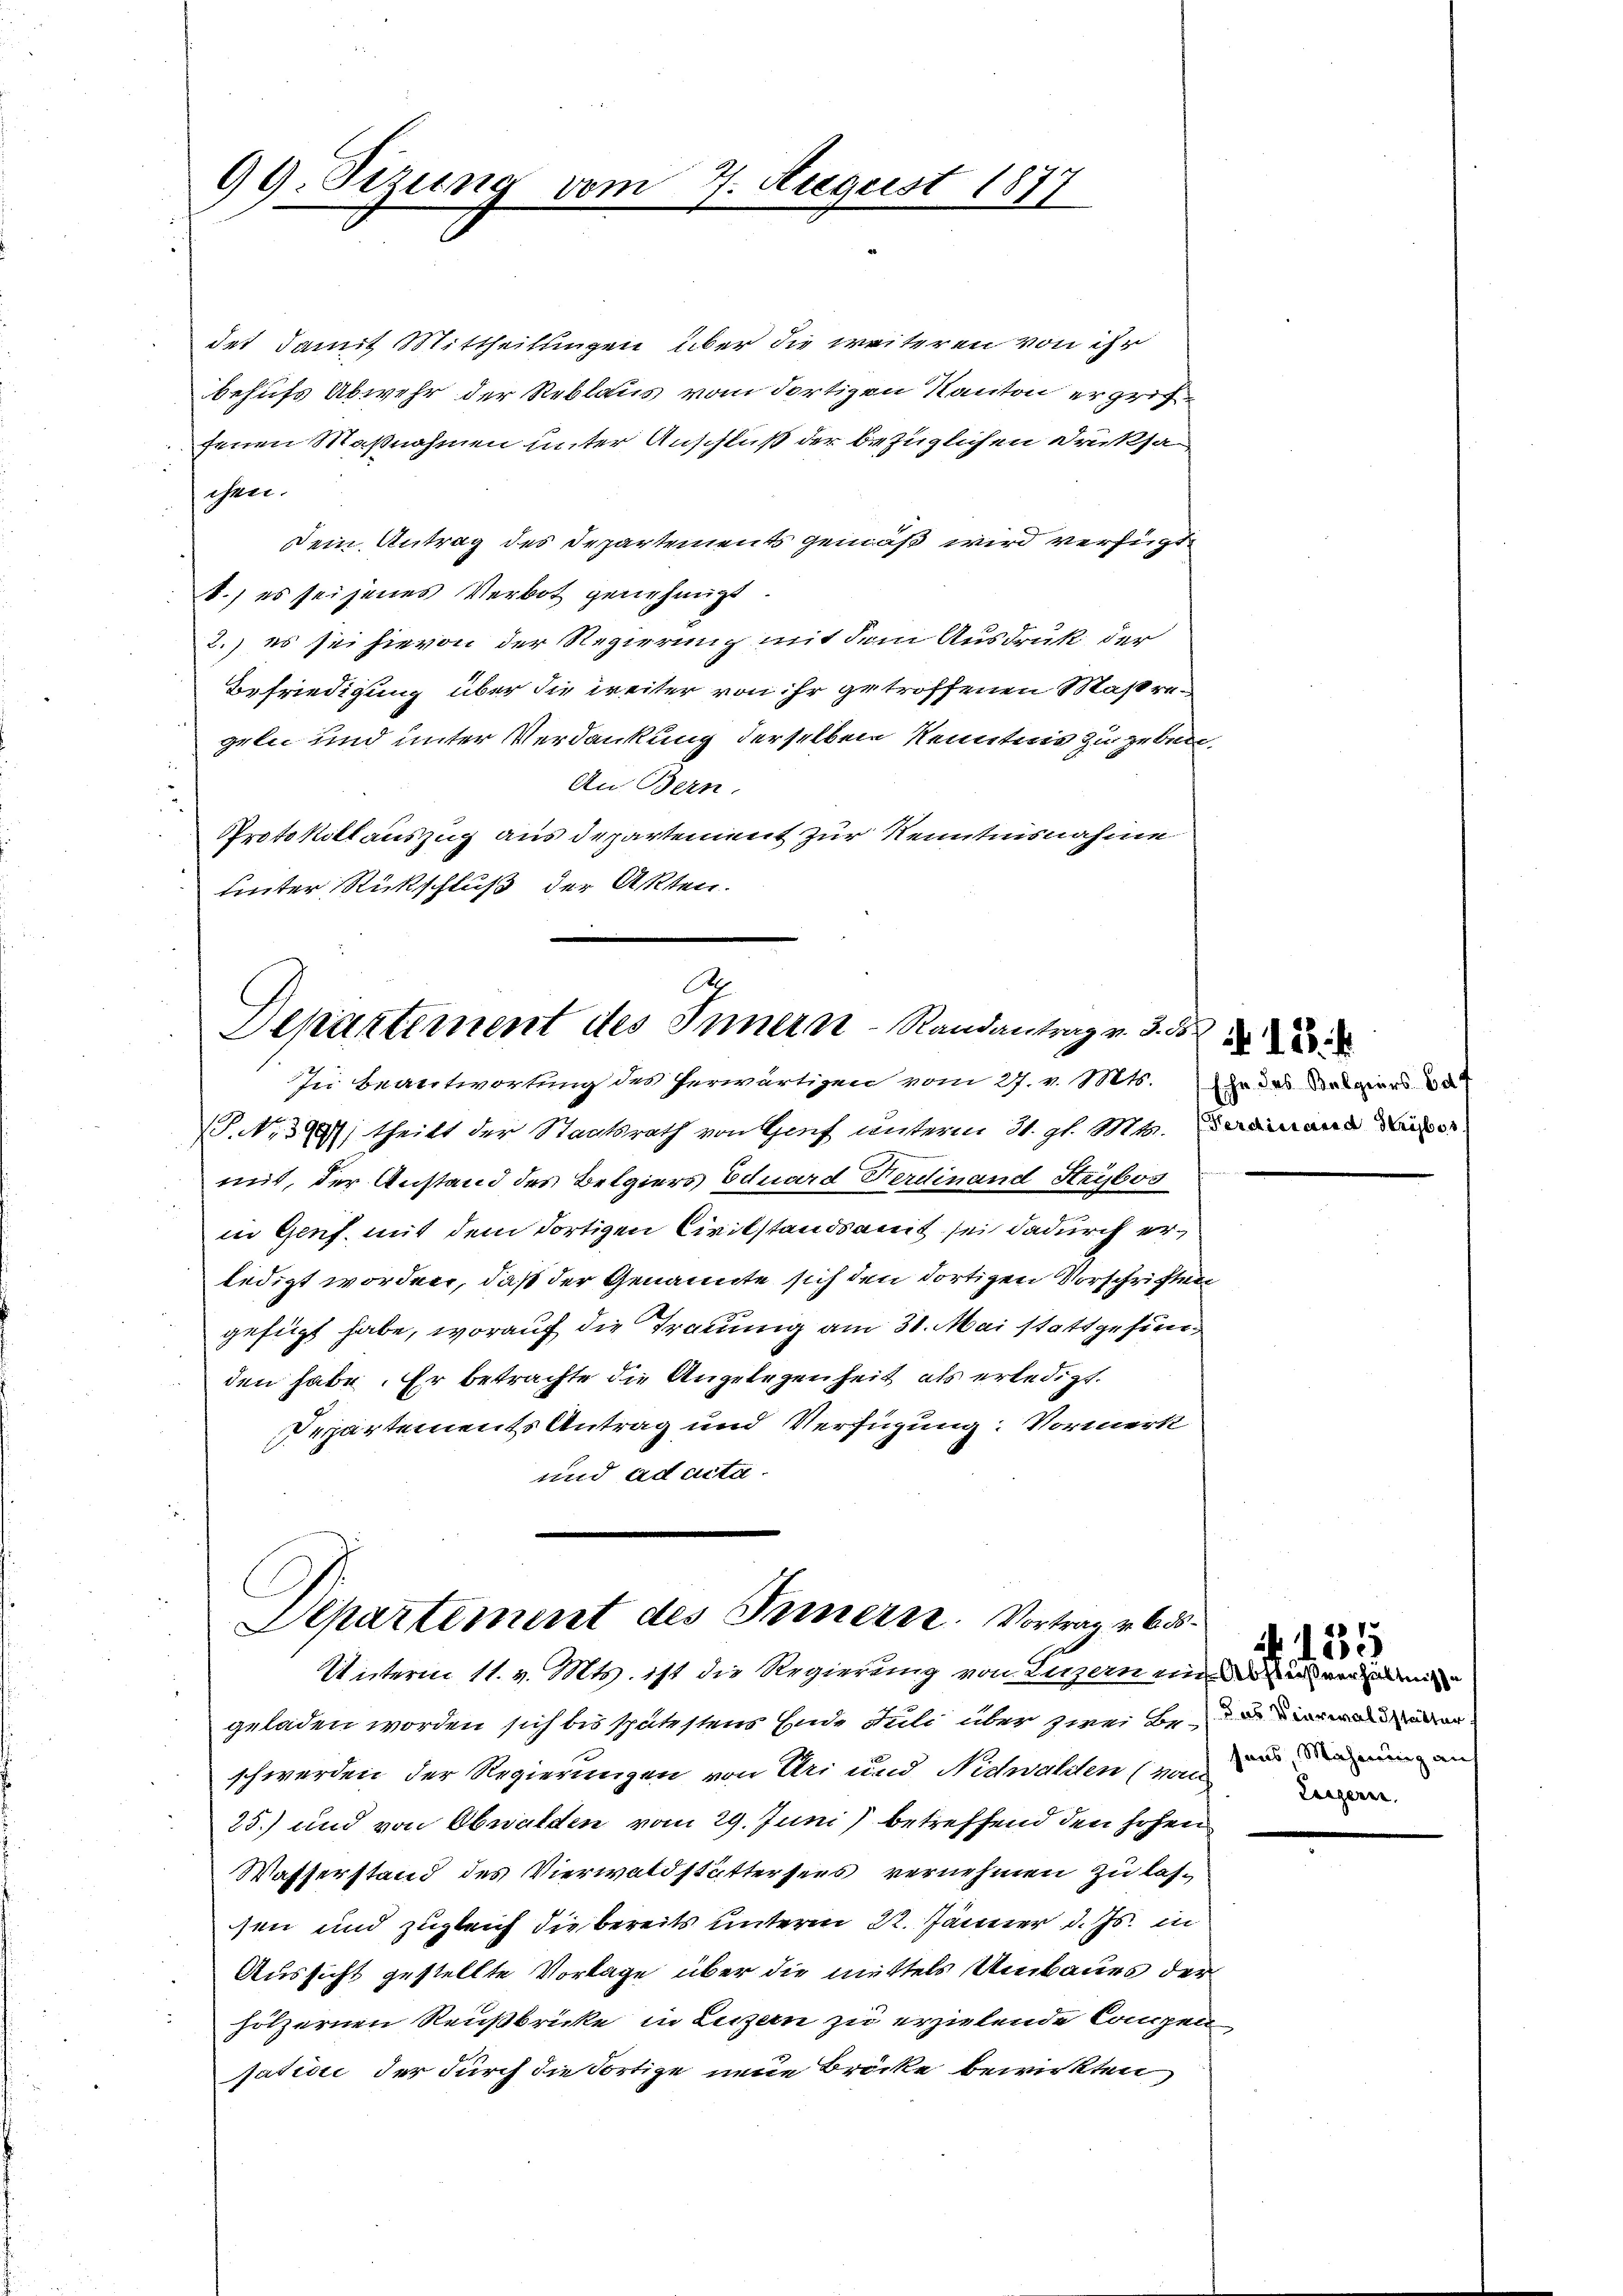
99. Sizung vom

det damit Mittheilungen über die weiteren von ihr
behufs Abwehr der Reblaus vom dortigen Kanton ergriffenen Maßnahmen unter Anschluß der bezüglichen Druksa
ehen.
Dein Antrag des Departements gemäß wird verfügte
b.) es sei jenes Verbot genehmigt.
2.) es sei hievon der Regierung mit dem Ausdruck der
Befriedigung über die weiter von ihr getroffenen Maßregeln und unter Verdankung derselben Kenntnis zu geben
An Bern.
Protokiklauszug aus Departement zur Kenntnisnahme
unter Rückschluß der Akten.

4. August 1877

A
Departement des Innern Randantrag v. 3. d
Zu beantwortung des Perwärtigen vom 27. v. Mts. so das in von

PNNo. 3997; theilt der Staatsrath von Genf unterm 31. gl. Mts. emand der
mit, der Anstand des Belgiers Eduard Ferdinand Seybos
in Genf. mit dem dortigen Civilstandsamit sei dadurch erledigt worden, daß der Genannte sich den dortigen Vorschriften
gefügt habe, worauf die Trauung am 31. Mai stattgefunden habe. Er betrachte die Angelegenheit als erledigt.
Departements Antrag und Verfügung: Vormerk
und ad acta.

Departement des Innern. Vortrag v. 6.
Unterm 11. v. Mts. ist die Regierung von Luzern eine in wer

geladen worden sich bis spätestens Ende Juli über zwei Beschwerden der Regierungen von Uri und Nidwalden von und die an
25.) und von Obwalden vom 29. Juni betreffend den hohen
Wasserstand des Vierwaldstättersees vernehmen zu lassen und zugleich die bereits unterm 22. Jänner d. Js. in
Aussicht gestellte Vorlage über die mittels Umbaues der
hölzernen Reußbrücke in Luzern zu erzielende Compensation der durch die Fortige neue Brücke bewirkten,

Leigern.

. 153